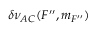
\delta \nu _ { A C } ( F ^ { \prime \prime } , m _ { F ^ { \prime \prime } } )